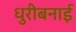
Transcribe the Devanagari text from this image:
धुरीबनाई